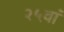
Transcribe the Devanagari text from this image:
२५वां